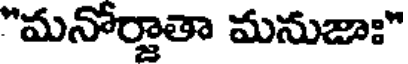
"మనోర్జాతా మనుజాః"